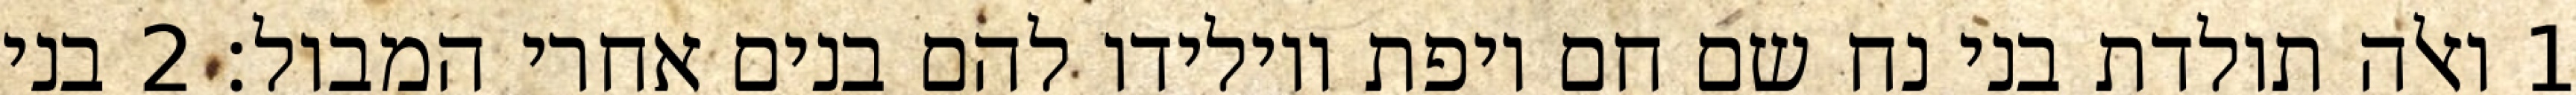
1 ואלה תולדת בני נח שם חם ויפת ויולידו להם בנים אחרי המבול׃ ‎2‏ בני